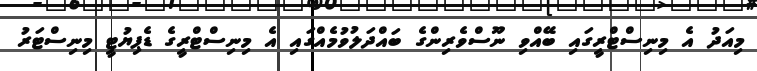
މިއަދު އެ މިނިސްޓްރީގައި ބޭއްވި ނޫސްވެރިންގެ ބައްދަލުވުމެއްގައި އެ މިނިސްޓްރީގެ ޑެޕިޔުޓީ މިނިސްޓަރު